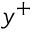
y ^ { + }